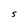
Character: S